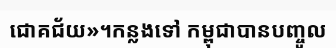
ជោគជ័យ»។កន្លងទៅ កម្ពុជាបានបញ្ចូល